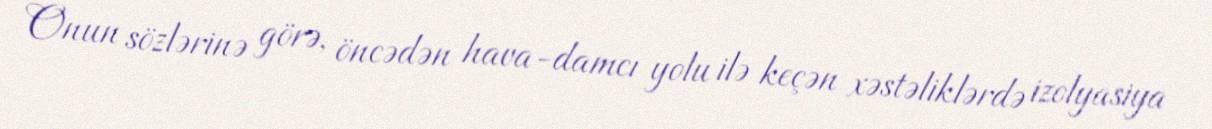
Onun sözlərinə görə, öncədən hava-damcı yolu ilə keçən xəstəliklərdə izolyasiya